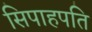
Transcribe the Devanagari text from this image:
सिपाहपति